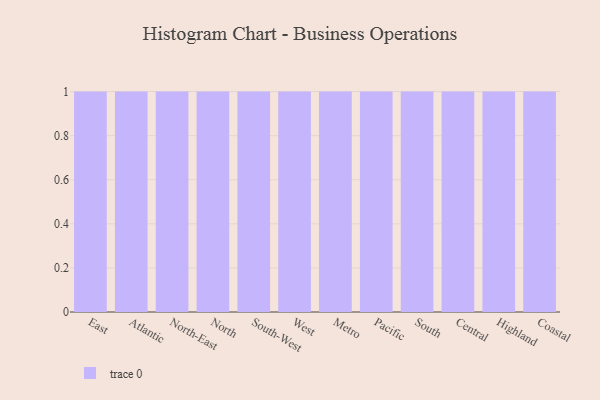
{"axis": {"x": "Region", "y": "Production Output"}, "legend": [""], "data": [{"x": "East", "y": 97, "type": ""}, {"x": "Atlantic", "y": 66, "type": ""}, {"x": "North-East", "y": 72, "type": ""}, {"x": "North", "y": 80, "type": ""}, {"x": "South-West", "y": 19, "type": ""}, {"x": "West", "y": 22, "type": ""}, {"x": "Metro", "y": 62, "type": ""}, {"x": "Pacific", "y": 88, "type": ""}, {"x": "South", "y": 45, "type": ""}, {"x": "Central", "y": 72, "type": ""}, {"x": "Highland", "y": 19, "type": ""}, {"x": "Coastal", "y": 17, "type": ""}]}